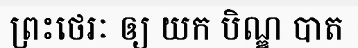
ព្រះថេរៈ ឲ្យ យក បិណ្ឌ បាត